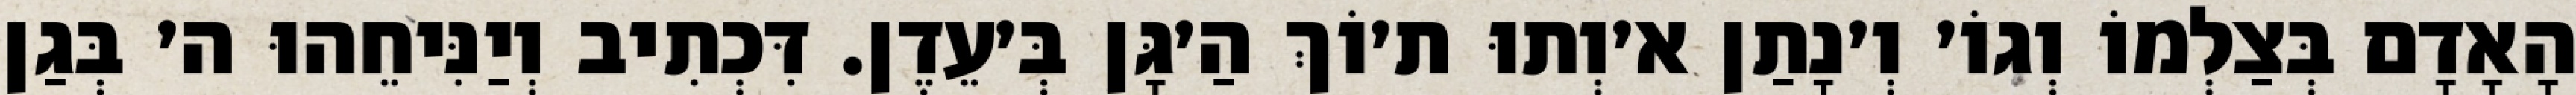
הָאָדָם בְּצַלְמוֹ וְגוֹ׳ וְ׳נָתַן א׳וְתוּ ת׳וֹךְ הַ׳גָּן בְּ׳עֵדֶן. דִּכְתִיב וְיַנִּיחֵהוּ ה׳ בְּגַן